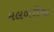
મલબરીના